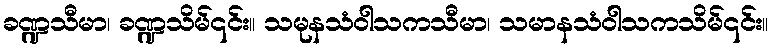
ခဏ္ဍသီမာ၊ ခဏ္ဍသိမ်၎င်း။ သမုနသံဝါသကသီမာ၊ သမာနသံဝါသကသိမ်၎င်း။